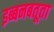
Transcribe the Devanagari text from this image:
इब्बनबतूता